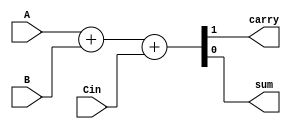
module fa_behavioral(carry,sum,A,B,Cin);
input A,B,Cin;
output carry, sum;

assign {carry,sum} = A+B+Cin;

endmodule